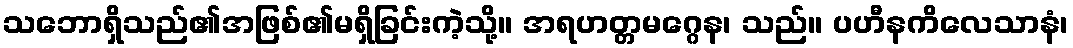
သဘောရှိသည်၏အဖြစ်၏မရှိခြင်းကဲ့သို့။ အရဟတ္တမဂ္ဂေန၊ သည်။ ပဟီနကိလေသာနံ၊